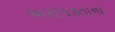
અરાજકતાના